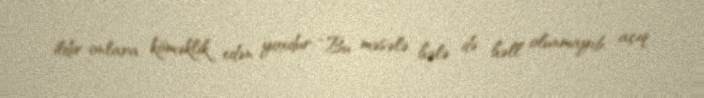
ildir onlara köməklik edən yoxdur: “Bu məsələ hələ də həll olunmayıb, açıq